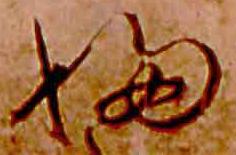
ふ